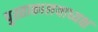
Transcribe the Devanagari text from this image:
पुस्ताकालयाध्यक्ष